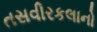
તસવીરકલાનો